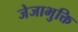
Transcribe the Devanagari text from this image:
जेजाभुक्ति